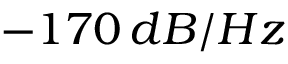
- 1 7 0 \, d B / H z